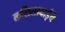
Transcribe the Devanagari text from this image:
ललिताबाईंचे